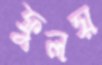
ফুলয়